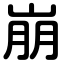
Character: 崩